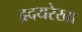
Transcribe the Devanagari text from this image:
हृदयरेखा